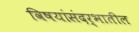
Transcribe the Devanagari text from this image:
विषयांसंदर्भातील